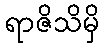
ရာဇိသိမှိ